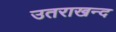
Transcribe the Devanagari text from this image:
उतराखन्द